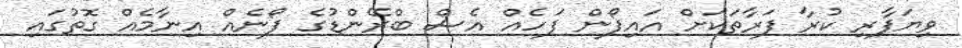
ވިޔަފާރި ކުރާ ފަރާތަކަށް އައިފޯން ފަހެއް އެސް ބްރޭންޑުގެ ފޯނެއް އިނާމެއް ގޮތުގައި